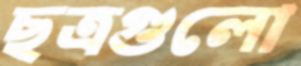
ছত্রগুলো